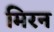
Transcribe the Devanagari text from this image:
मिरन